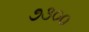
૭૩૦૦